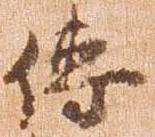
伝